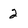
Character: 2